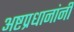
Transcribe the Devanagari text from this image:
अष्टप्रधानांनी